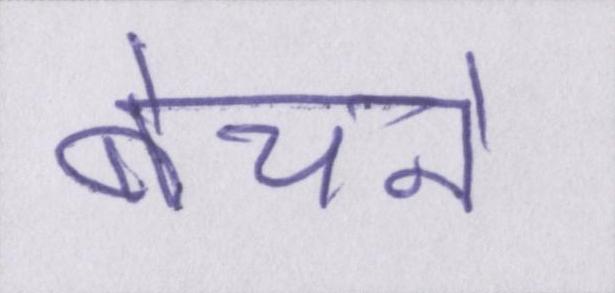
बेचने